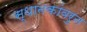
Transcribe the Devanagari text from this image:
स्थानकांवरुन